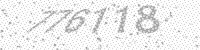
Solution: 776118